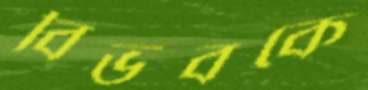
বিভবকে